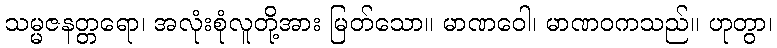
သမ္မဇနတ္တရော၊ အလုံးစုံလူတို့အား မြတ်သော။ မာဏဝေါ၊ မာဏဝကသည်။ ဟုတွာ၊